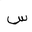
Letter: _sin